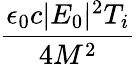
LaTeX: \frac{\epsilon_{0}c|E_{0}|^{2}T_{i}}{4M^{2}}